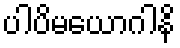
ပါပိမယောဂါနိ